Civil Veterinary Department. Madras. Admin. report 1910-25 - 1910-1925
Year: 1910
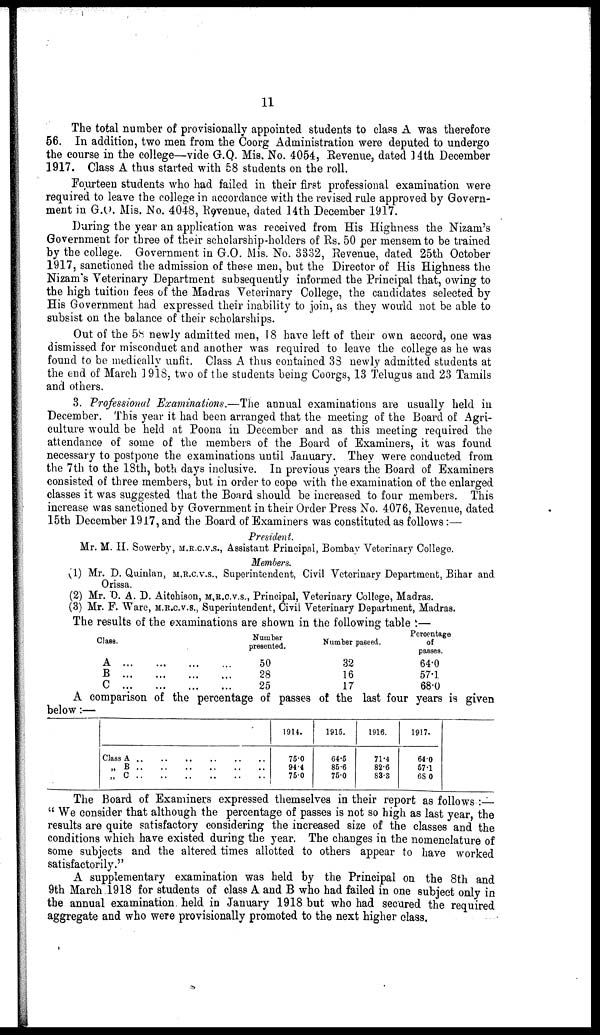
11
The total number of provisionally appointed students to class A was therefore
56. In addition, two men from the Coorg Administration were deputed to undergo
the course in the college—vide G.Q. Mis. No. 4054, Revenue, dated 14th December
1917. Class A thus started with 58 students on the roll.
Fourteen students who had failed in their first professional examination were
required to leave the college in accordance with the revised rule approved by Govern-
ment in G.O. Mis. No. 4048, Revenue, dated 14th December 1917.
During the year an application was received from His Highness the Nizam's
Government for three of their scholarship-holders of Rs. 50 per mensem to be trained
by the college. Government in G.O. Mis. No. 3332, Revenue, dated 25th October
1917, sanctioned the admission of these men, but the Director of His Highness the
Nizam's Veterinary Department subsequently informed the Principal that, owing to
the high tuition fees of the Madras Veterinary College, the candidates selected by
His Government had expressed their inability to join, as they would not be able to
subsist on the balance of their scholarships.
Out of the 58 newly admitted men, 18 have left of their own accord, one was
dismissed for misconduct and another was required to leave the college as he was
found to be medically unfit. Class A thus contained 33 newly admitted students at
the end of March 1918, two of the students being Coorgs, 13 Telugus and 23 Tamils
and others.
3. Professional Examinations.—The annual examinations are usually held in
December. This year it had been arranged that the meeting of the Board of Agri-
culture would be held at Poona in December and as this meeting required the
attendance of some of the members of the Board of Examiners, it was found
necessary to postpone the examinations until January. They were conducted from
the 7th to the 18th, both days inclusive. In previous years the Board of Examiners
consisted of three members, but in order to cope with the examination of the enlarged
classes it was suggested that the Board should be increased to four members. This
increase was sanctioned by Government in their Order Press No. 4076, Revenue, dated
15th December 1917, and the Board of Examiners was constituted as follows:—
President.
Mr. M. II. Sowerby, M.R.C.V.S., Assistant Principal, Bombay Veterinary College.
Members.
(1) Mr. D. Quinlan, M.R.C.V.S., Superintendent, Civil Veterinary Department, Bihar and
Orissa.
(2) Mr. D. A. D. Aitchison, M.R.C.V.S., Principal, Veterinary College, Madras.
(3) Mr. F. Ware, M.R.C.V.S., Superintendent, Civil Veterinary Department, Madras.
The results of the examinations are shown in the following table:—
Class.
A
B
C
...
...
...
...
...
...
...
...
...
...
...
...
Number
presented.
50
28
25
Number passed.
32
16
17
Percentage
of
passes.
64.0
57.1
68.0
A comparison of the percentage of passes of the last four years is given
below:—
Class A
„ B
„ C
...
...
...
...
...
..
...
...
..
...
...
..
...
...
..
...
...
..
1914.
75.0
944
750
1915.
64.5
85.6
75.0
1916.
71.4
82.6
83.3
1917.
64 0
57.1
68 0
The Board of Examiners expressed themselves in their report as follows:—
"We consider that although the percentage of passes is not so high as last year, the
results are quite satisfactory considering the increased size of the classes and the
conditions which have existed during the year. The changes in the nomenclature of
some subjects and the altered times allotted to others appear to have worked
satisfactorily.''
A supplementary examination was held by the Principal on the 8th and
9th March 1918 for students of class A and B who had failed in one subject only in
the annual examination held in January 1918 but who had secured the required
aggregate and who were provisionally promoted to the next higher class.